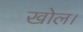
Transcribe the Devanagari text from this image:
खोल।